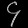
Digit: ၄